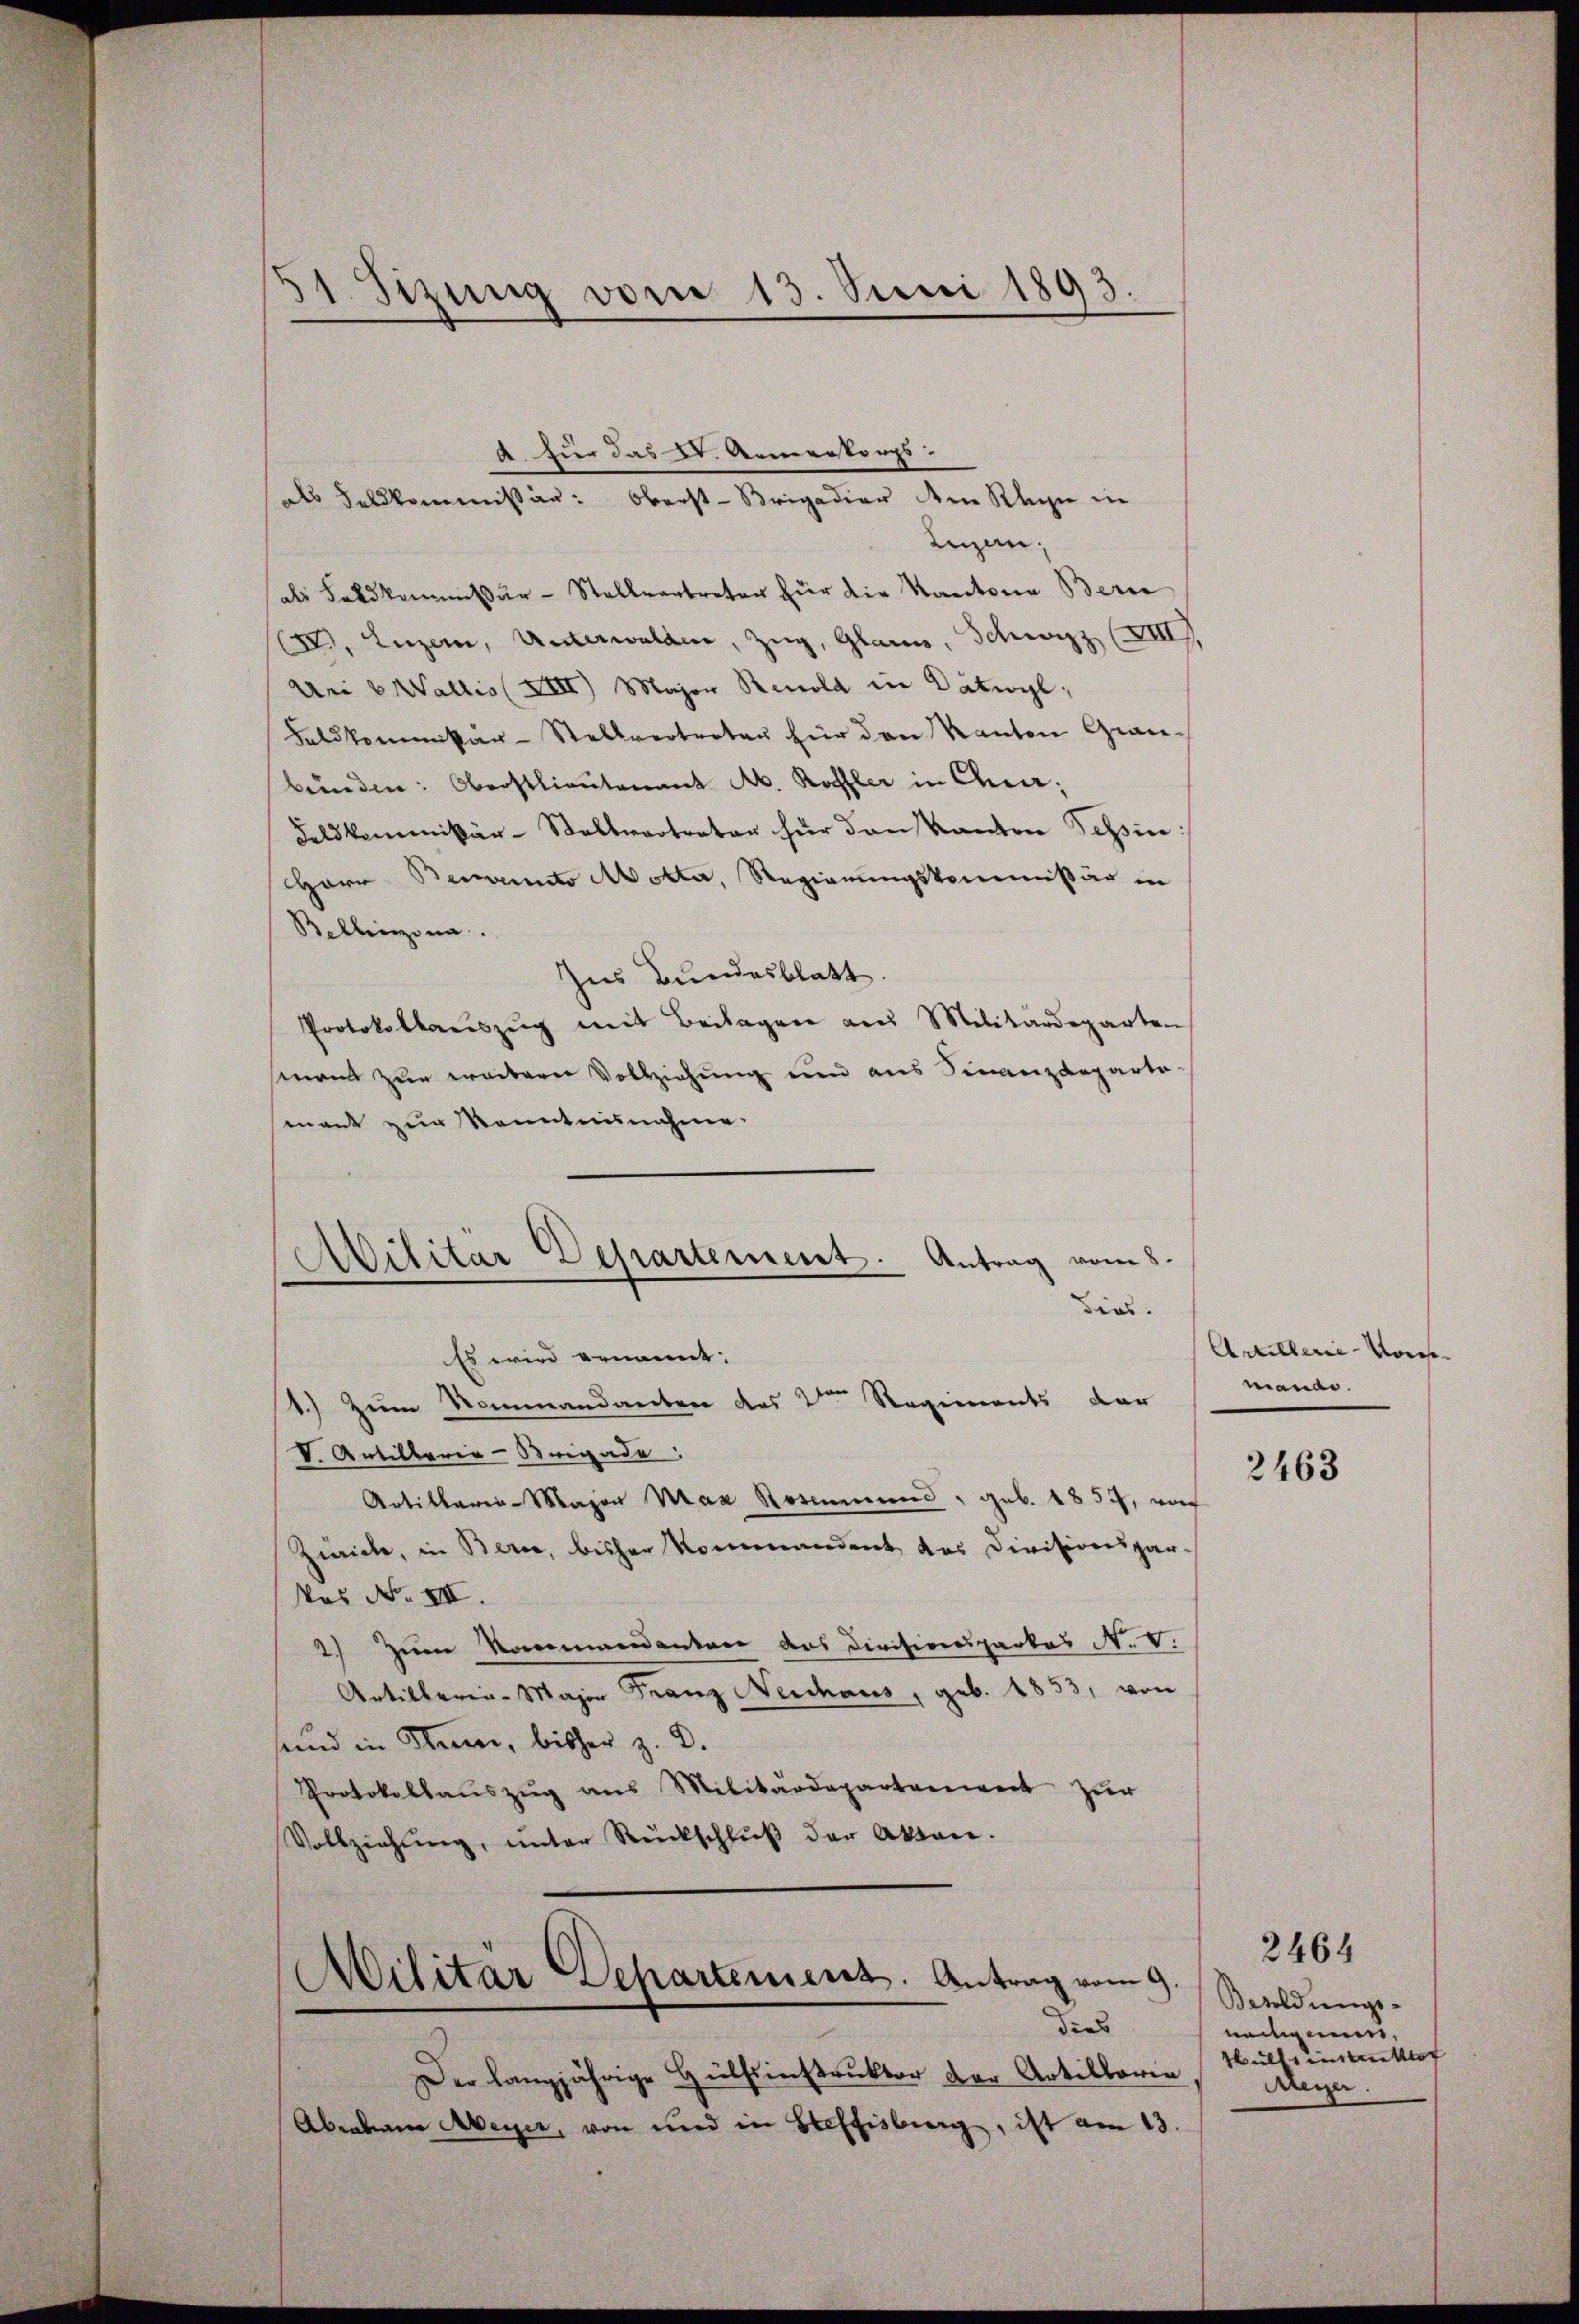
31. Sizung vom 13. Juni 1893.

als Feldkommissär: Oberst-Brigadier dem Klage in
Luzern,
als Feldkaser-Stellvertreter für die Kantonia Berne
CV. Luzern, Unterwalden, Zug, Glarus, Schwyz (XVIII
Uri b Wallis (XIII) Major Renola in Dätwyl,
Faldkommissär-Stellvertreten für den Kanton Grau-
bünden: Oberstlieutenant Ab. Kofler in Chur;
Feldkommissär-Stellvertreter für den Kanton Tessin:
HHerr Bewuncto Motta, Regierungskommißär in
Bellinzona.
Ins Bundesblatt.
Protokollaŭszŭg mit Beilagen aus Militärdeparten
mand zur weiterer Vollziehung und aus Finanzdeparte-
mant zur Kenntnisnahme.
Abilitär Departement. Antrag vom 8.

A für das V. Anmerkorps:

V. Artillaria-Brigade
Artillerie-Major Max Rosinend, geb. 1854, wor
Zwicke, in Berne, bisher Kommandent des Divisionspar¬
Pos No III.
2) Zum Kommandanten das Civisionsparkas N. V.
Artillerie-Major Franz Neuchaus, geb. 1853, von
sund in Stein, bisher z. B.
Protokollaŭszŭg ans Militärdepartement zur
Vollziehung, unter Rückschlŭβ der Akten.

dias.
Es wird ernannt:
1.) Zum Sommandanten des 2ten Regiments dar

Militar Departement. Antrag vom 9.
dies

Der langjährige Hülfsinstruktor der Artillaria
Abenden Meyer, von und in Beffisburg, ist am 13.

Artillerie vorhe
manas.

2463

Besoldungs-
nadigen,
ülft eintrittof
Aeger.
—

2464